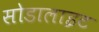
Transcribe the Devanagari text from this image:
सोडालाइट